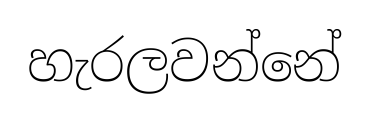
හැරලවන්නේ